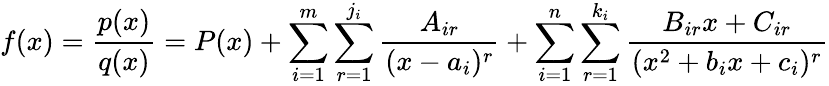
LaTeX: f(x)={\frac{p(x)}{q(x)}}=P(x)+\sum_{i=1}^{m}\sum_{r=1}^{j_{i}}{\frac{A_{ir}}{(x-a_{i})^{r}}}+\sum_{i=1}^{n}\sum_{r=1}^{k_{i}}{\frac{B_{ir}x+C_{ir}}{(x^{2}+b_{i}x+c_{i})^{r}}}